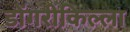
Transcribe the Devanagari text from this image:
डोंगरीकिल्ला